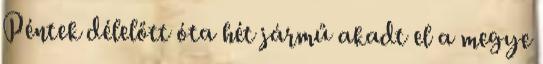
Péntek délelőtt óta hét jármű akadt el a megye